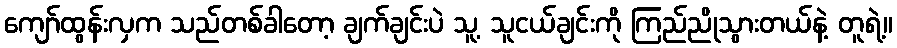
ကျော်ထွန်းလှက သည်တစ်ခါတော့ ချက်ချင်းပဲ သူ့ သူငယ်ချင်းကို ကြည်ညိုသွားတယ်နဲ့ တူရဲ့။